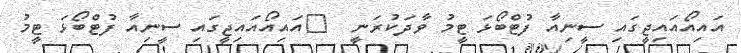
އައިއޯއައިޖީގައި ސީނިއާ ފުޓްބޯޅަ ޓީމު ވާދަކުރަނީ  	އައިއޯއައިޖީގައި ސީނިއާ ފުޓްބޯޅަ ޓީމު